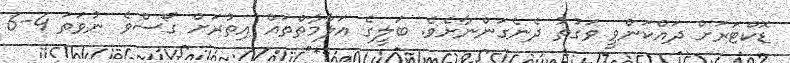
ޑޮކްޓަރަށް ދައްކަންވީ ވަގުތު ދެނެގަންނާށެވެ. ބަލީގެ އަލާމާތްތައް އިތުރަށް ގޯސްވެ ނުވަތަ 4-6